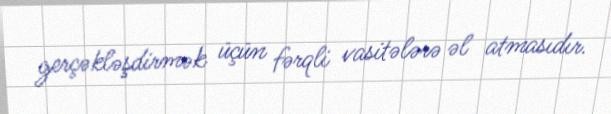
gerçəkləşdirmək üçün fərqli vasitələrə əl atmasıdır.